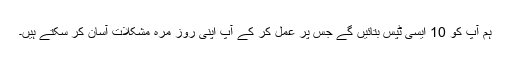
ہم آپ کو 10 ایسی ٹپس بتائیں گے جس پر عمل کر کے آپ اپنی روز مرہ مشکلات آسان کر سکتے ہیں۔